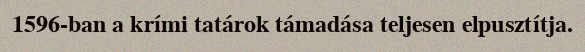
1596-ban a krími tatárok támadása teljesen elpusztítja.